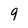
Character: 9